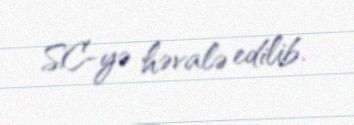
SC-yə həvalə edilib.